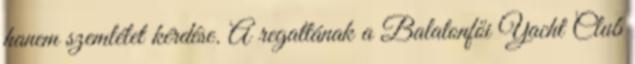
hanem szemlélet kérdése. A regattának a Balatonfői Yacht Club